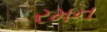
રમન